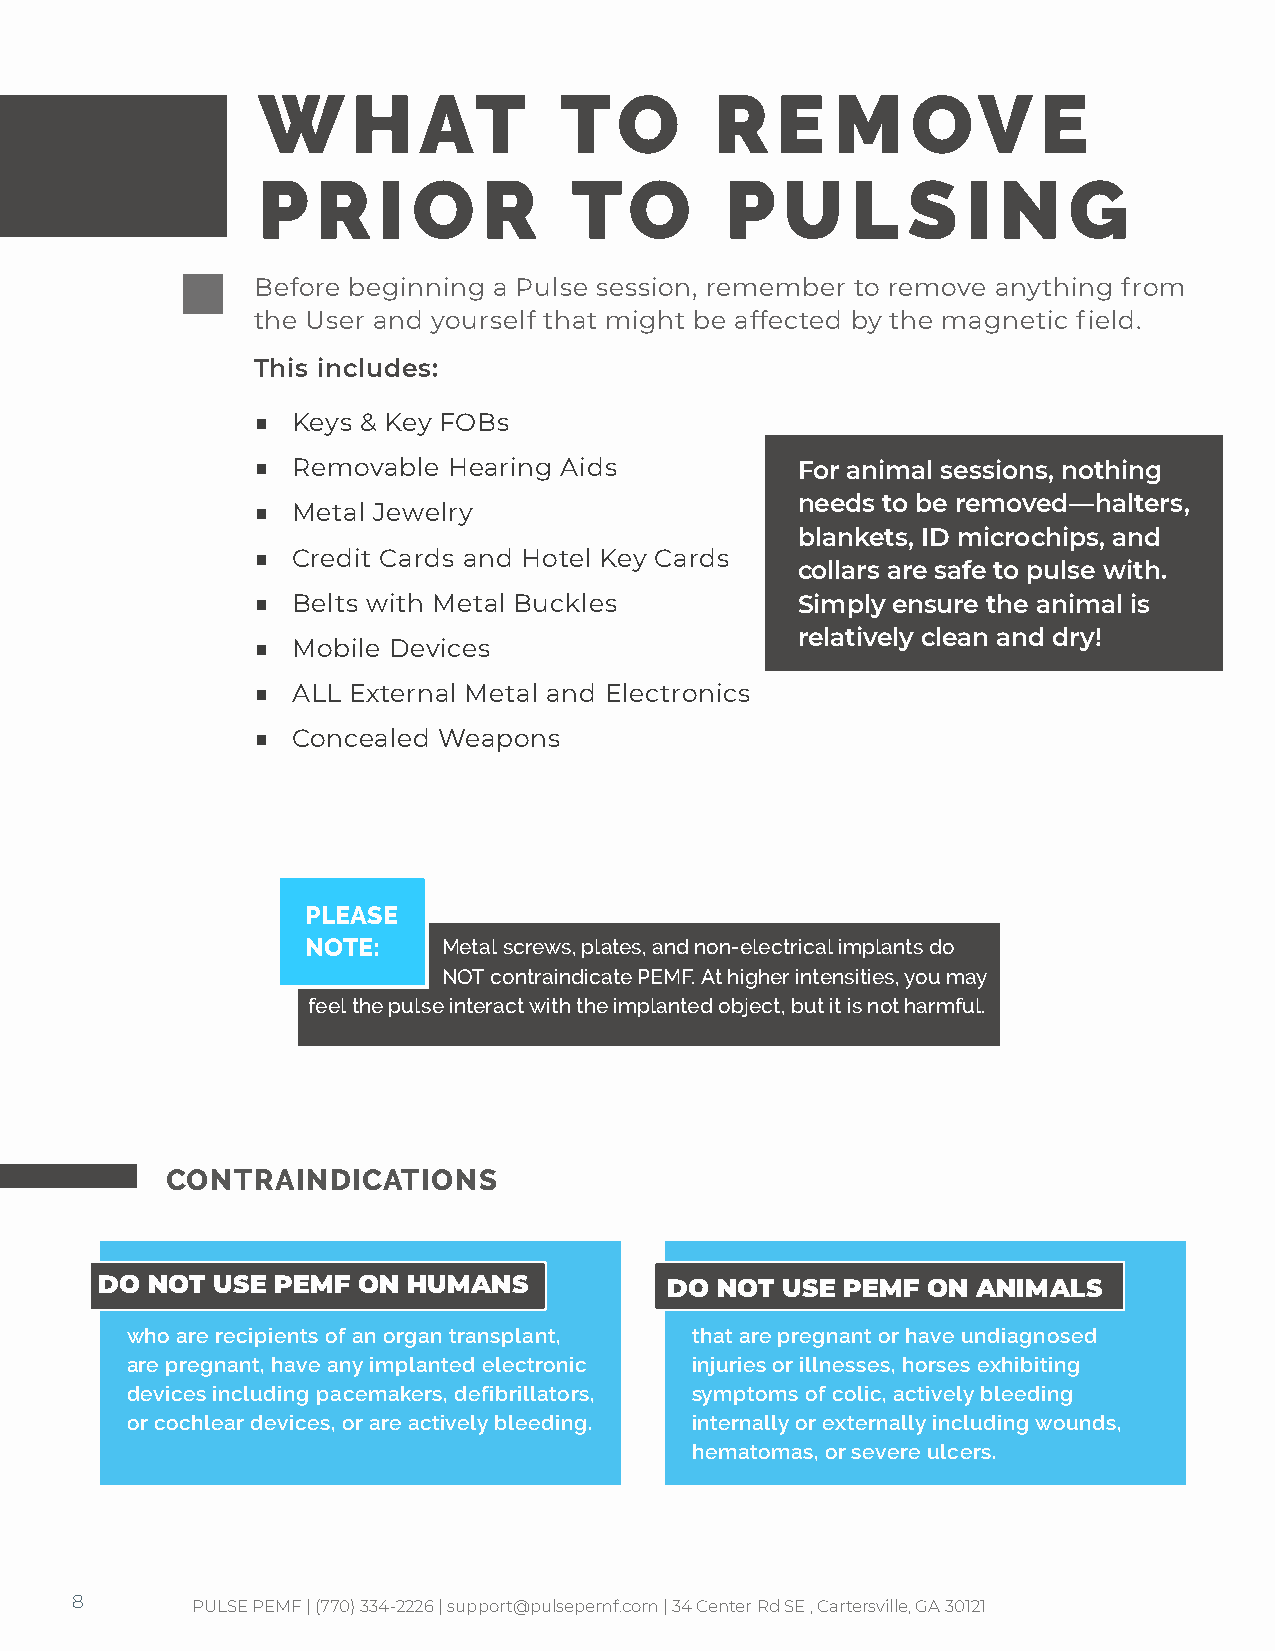
W     H    AT       TO        R   E   M    OV       E
 P   R   I O    R     TO        P   U   L   S   I N    G
 Before beginning a Pulse session, remember to remove anything from
 the User and yourself that might be affected by the magnetic field.
 This includes:
 ■ Keys & Key FOBs
 ■ Removable  Hearing Aids           For animal sessions, nothing
 needs to be removed—halters,
 ■ Metal Jewelry
 blankets, ID microchips, and
 ■ Credit Cards and Hotel Key Cards
 collars are safe to pulse with.
 ■ Belts with Metal Buckles          Simply ensure the animal is
 relatively clean and dry!
 ■ Mobile Devices
 ■ ALL External Metal and Electronics
 ■ Concealed Weapons
 PLEASE
 NOTE:    Metal screws, plates, and non-electrical implants do
 NOT contraindicate PEMF. At higher intensities, you may
 feel the pulse interact with the implanted object, but it is not harmful.
 CONTRAINDICATIONS
 DO NOT USE PEMF  ON HUMANS           DO NOT  USE PEMF ON  ANIMALS
 who are recipients of an organ transplant, that are pregnant or have undiagnosed
 are pregnant, have any implanted electronic injuries or illnesses, horses exhibiting
 devices including pacemakers, defibrillators, symptoms of colic, actively bleeding
 or cochlear devices, or are actively bleeding. internally or externally including wounds,
 hematomas, or severe ulcers.
 8       PULSE PEMF | (770) 334-2226 | support@pulsepemf.com | 34 Center Rd SE , Cartersville, GA 30121